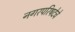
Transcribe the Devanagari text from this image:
नगरपरिषदेचे